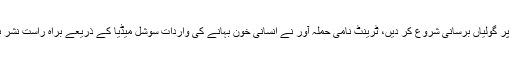
حملہ آور دن دیہاڑے مسجد میں داخل ہوا اور نمازیوں پر گولیاں برسانی شروع کر دیں، ٹرینٹ نامی حملہ آور نے انسانی خون بہانے کی واردات سوشل میڈیا کے ذریعے براہ راست نشر بھی کی تاہم سوشل میڈیا کی جانب سے بند کر دیا گیا۔